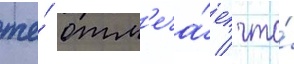
же́ отм'еча́ет / что́